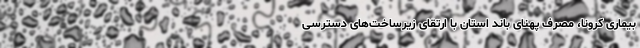
بیماری کرونا، مصرف پهنای باند استان با ارتقای زیرساخت‌های دسترسی